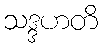
သဒ္ဒဟတိ